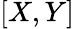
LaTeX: [X,Y]